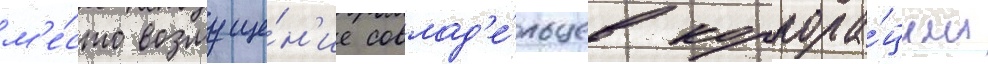
м'е́сто возмуще́н'ие совлад'е́льцев корпора́ции